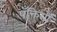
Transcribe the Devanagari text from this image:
पँक्तियों